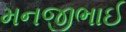
મનજીભાઈ